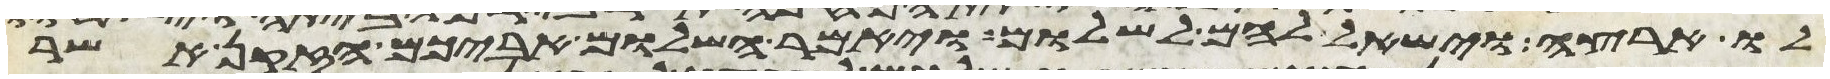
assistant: לו ארצה וישאל להם לשלום ויאמר השלום אביכם הזקן אשר